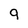
Character: 9